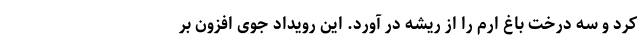
کرد و سه درخت باغ ارم را از ریشه در آورد. این رویداد جوی افزون بر